Indian journal of veterinary science and animal husbandry - Volume 9,
Year: 1939
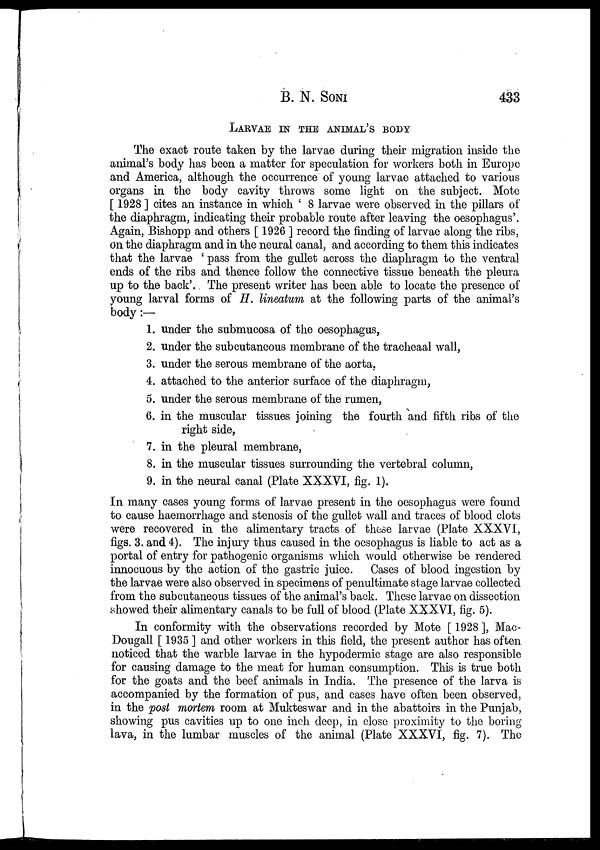
B. N.
SONI
433
LARVAE IN THE ANIMAL'S BODY
The exact route taken by the larvae during their migration inside the
animal's body has been a matter for speculation for workers both in Europe
and America, although the occurrence' of young larvae attached to various
organs in the body cavity throws some light on the subject. Mote
[ 1928 ] cites an instance in which ' 8 larvae were observed in the pillars of
the diaphragm, indicating their probable route after leaving the oesophagus'.
Again, Bishopp and others [ 1926 ] record the finding of larvae along the ribs,
on the diaphragm and in the neural canal, and according to them this indicates
that the larvae ' pass from the gullet across the diaphragm to the ventral
ends of the ribs and thence follow the connective tissue beneath the pleura
up to the back'. The present writer has been able to locate the presence of
young larval forms of H. lineatum at the following parts of the animal's
body:—
1. under the submucosa of the oesophagus,
2. under the subcutaneous membrane of the tracheaal wall,
3. under the serous membrane of the aorta,
4. attached to the anterior surface of the diaphragm,
5. under the serous membrane of the rumen,
6. in the muscular tissues joining the fourth and fifth ribs of the
right side,
7. in the pleural membrane,
8. in the muscular tissues surrounding the vertebral column,
9. in the neural canal (Plate XXXVI, fig. 1).
In many cases young forms of larvae present in the oesophagus were found
to cause haemorrhage and stenosis of the gullet wall and traces of blood clots
were recovered in the alimentary tracts of these larvae (Plate XXXVI,
figs. 3. and 4). The injury thus caused in the oesophagus is liable to act as a
portal of entry for pathogenic organisms which would otherwise be rendered
innocuous by the action of the gastric juice. Cases of blood ingestion by
the larvae were also observed in specimens of penultimate stage larvae collected
from the subcutaneous tissues of the animal's back. These larvae on dissection
showed their alimentary canals to be full of blood (Plate XXXVI, fig. 5).
In conformity with the observations recorded by Mote [ 1928 ], Mac-
Dougall [ 1935 ] and other workers in this field, the present author has often
noticed that the warble larvae in the hypodermic stage are also responsible
for causing damage to the meat for human consumption. This is true both
for the goats and the beef animals in India. The presence of the larva is
accompanied by the formation of pus, and cases have often been observed,
in the post mortem room at Mukteswar and in the abattoirs in the Punjab,
showing pus cavities up to one inch deep, in close proximity to the boring
lava, in the lumbar muscles of the animal (Plate XXXVI, fig. 7). The